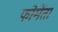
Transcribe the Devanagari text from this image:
फोमेंता